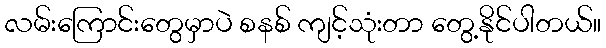
လမ်းကြောင်းတွေမှာပဲ စနစ် ကျင့်သုံးတာ တွေ့နိုင်ပါတယ်။